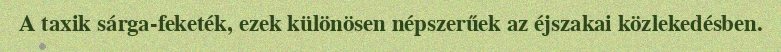
A taxik sárga-feketék, ezek különösen népszerűek az éjszakai közlekedésben.